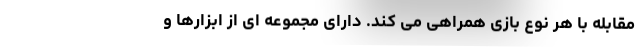
مقابله با هر نوع بازی همراهی می کند. دارای مجموعه ای از ابزارها و